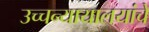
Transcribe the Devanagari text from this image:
उच्चन्यायालयांचे